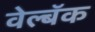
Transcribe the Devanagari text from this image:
वेल्बॅक